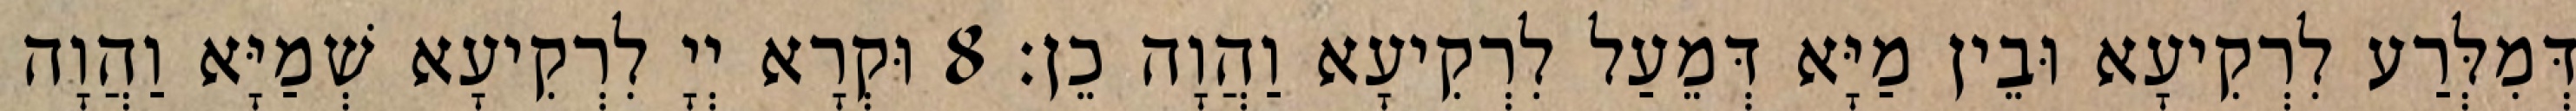
דְּמִלְּרַע לִרְקִיעָא וּבֵין מַיָּא דְּמֵעַל לִרְקִיעָא וַהֲוָה כֵן׃ 8 וּקְרָא יְיָ לִרְקִיעָא שְׁמַיָּא וַהֲוָה